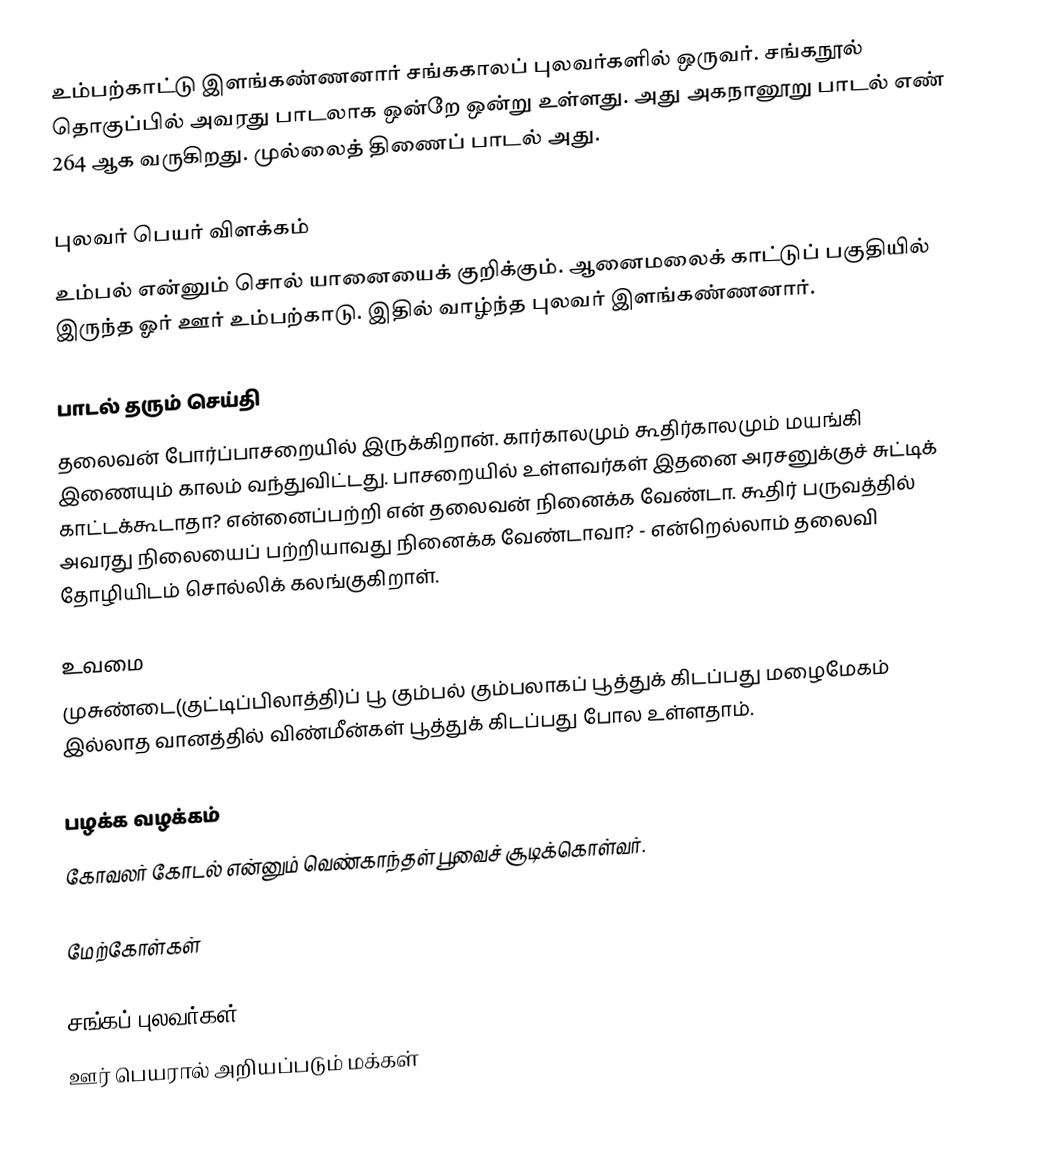
உம்பற்காட்டு இளங்கண்ணனார் சங்ககாலப் புலவர்களில் ஒருவர். சங்கநூல் தொகுப்பில் அவரது பாடலாக ஒன்றே ஒன்று உள்ளது. அது அகநானூறு பாடல் எண் 264 ஆக வருகிறது. முல்லைத் திணைப் பாடல் அது.

புலவர் பெயர் விளக்கம்
உம்பல் என்னும் சொல் யானையைக் குறிக்கும். ஆனைமலைக் காட்டுப் பகுதியில் இருந்த ஓர் ஊர் உம்பற்காடு. இதில் வாழ்ந்த புலவர் இளங்கண்ணனார்.

பாடல் தரும் செய்தி
தலைவன் போர்ப்பாசறையில் இருக்கிறான். கார்காலமும் கூதிர்காலமும் மயங்கி இணையும் காலம் வந்துவிட்டது. பாசறையில் உள்ளவர்கள் இதனை அரசனுக்குச் சுட்டிக் காட்டக்கூடாதா? என்னைப்பற்றி என் தலைவன் நினைக்க வேண்டா. கூதிர் பருவத்தில் அவரது நிலையைப் பற்றியாவது நினைக்க வேண்டாவா? - என்றெல்லாம் தலைவி தோழியிடம் சொல்லிக் கலங்குகிறாள்.

உவமை
முசுண்டை(குட்டிப்பிலாத்தி)ப் பூ கும்பல் கும்பலாகப் பூத்துக் கிடப்பது மழைமேகம் இல்லாத வானத்தில் விண்மீன்கள் பூத்துக் கிடப்பது போல உள்ளதாம்.

பழக்க வழக்கம்
கோவலர்  கோடல் என்னும் வெண்காந்தள் பூவைச் சூடிக்கொள்வர்.

மேற்கோள்கள்

சங்கப் புலவர்கள்
ஊர் பெயரால் அறியப்படும் மக்கள்